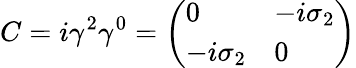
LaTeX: C=i\gamma^{2}\gamma^{0}={\left(\begin{array}{ll}{0}&{-i\sigma_{2}}\\ {-i\sigma_{2}}&{0}\end{array}\right)}